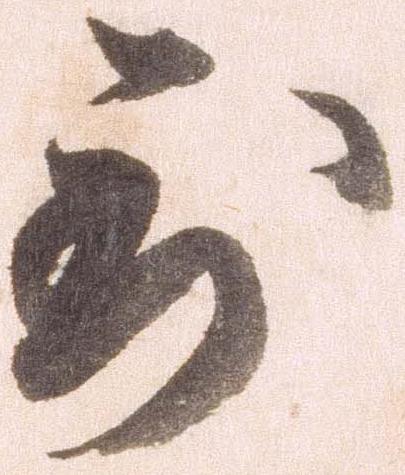
到